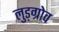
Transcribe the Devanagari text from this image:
लुड्ग्रोव